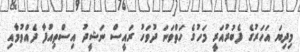
މިދިޔަ އަހަރުގެ ފެބުރުއަރީ މަހުގެ ހަތްވަނަ ދުވަހު ރައީސް ނަޝީދު އިސްތިއުފާ ދެއްވުމާއި